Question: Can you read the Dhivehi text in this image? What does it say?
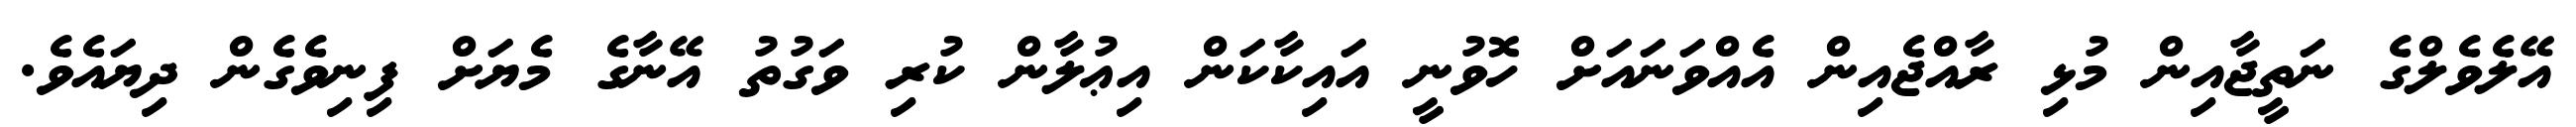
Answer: އޭލެވެލްގެ ނަތީޖާއިން މުޅި ރާއްޖެއިން އެއްވަނައަށް ހޮވުނީ އައިކާކަން އިޢުލާން ކުރި ވަގުތު އޭނާގެ މެޔަށް ފިނިވެގެން ދިޔައެވެ.